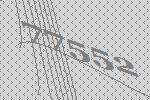
77552